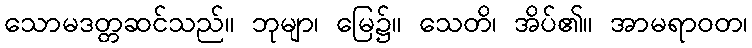
သောမဒတ္တဆင်သည်။ ဘုမျာ၊ မြေ၌။ သေတိ၊ အိပ်၏။ အာမရာဝတ၊